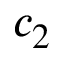
c _ { 2 }